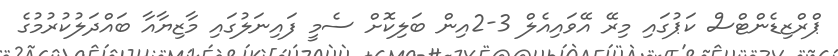
ޕްރްޒިޑެންޓްސް ކަޕުގައި މިރޭ އޭވައިއެލް 3-2އިން ބަލިކޮށް ސެމީ ފައިނަލުގައި މާޒިޔާއާ ބައްދަލުކުރުމުގެ